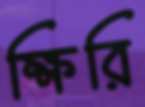
ক্ষিরি